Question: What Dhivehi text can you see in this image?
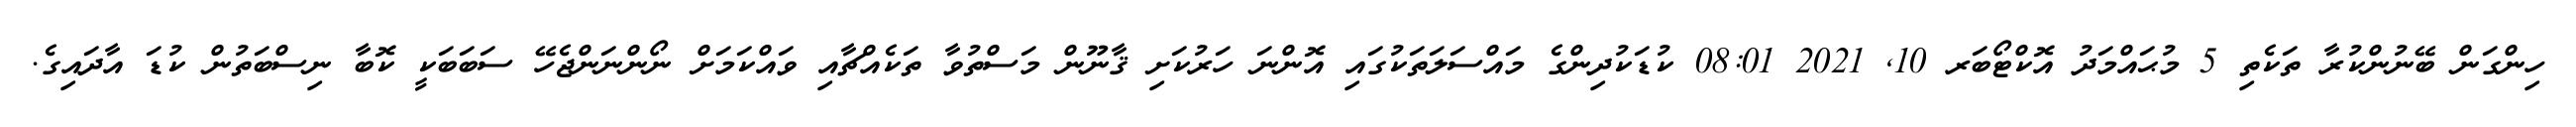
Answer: ހިންގަން ބޭނުންކުރާ ތަކެތި 5 މުޙައްމަދު އޮކްޓޯބަރ 10, 2021 08:01 ކުޑަކުދިންގެ މައްސަލަތަކުގައި އޮންނަ ހަރުކަށި ޤާނޫން މަސްތުވާ ތަކެއްޗާއި ވައްކަމަށް ނޯންނަންޖެހޭ ސަބަބަކީ ކޮބާ ނިސްބަތުން ކުޑަ އާދައިގެ.